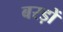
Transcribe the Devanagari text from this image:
बरड़ों